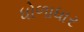
ધોળાધાર